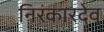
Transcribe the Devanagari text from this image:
निरंकारदेव